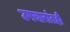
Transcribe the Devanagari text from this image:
उपचारांतही